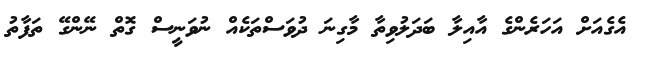
އެގެއަށް އަހަރެންގެ އާއިލާ ބަދަލުވިތާ މާގިނަ ދުވަސްތަކެއް ނުވަނީސް ގޮތް ނޭންގޭ ތަފާތު